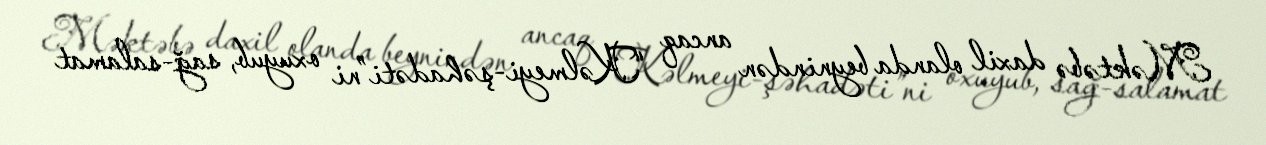
Məktəbə daxil olanda beynindən ancaq “Kəlmeyi-şəhadəti”ni oxuyub, sağ-salamat